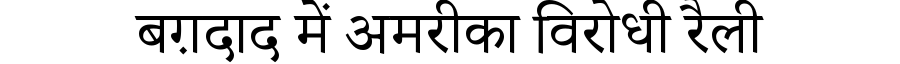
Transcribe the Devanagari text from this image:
बग़दाद में अमरीका विरोधी रैली